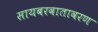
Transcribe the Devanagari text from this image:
सायबरवातावरण